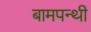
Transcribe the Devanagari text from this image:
बामपन्थी